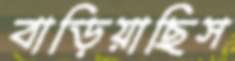
বাড়িয়াছিস